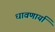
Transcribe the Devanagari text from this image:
धावणार्या